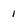
Character: 1